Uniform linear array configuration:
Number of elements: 12
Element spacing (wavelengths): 0.75
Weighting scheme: hann
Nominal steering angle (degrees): -60
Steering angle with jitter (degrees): -58.818
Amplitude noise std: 0.05
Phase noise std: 0.05

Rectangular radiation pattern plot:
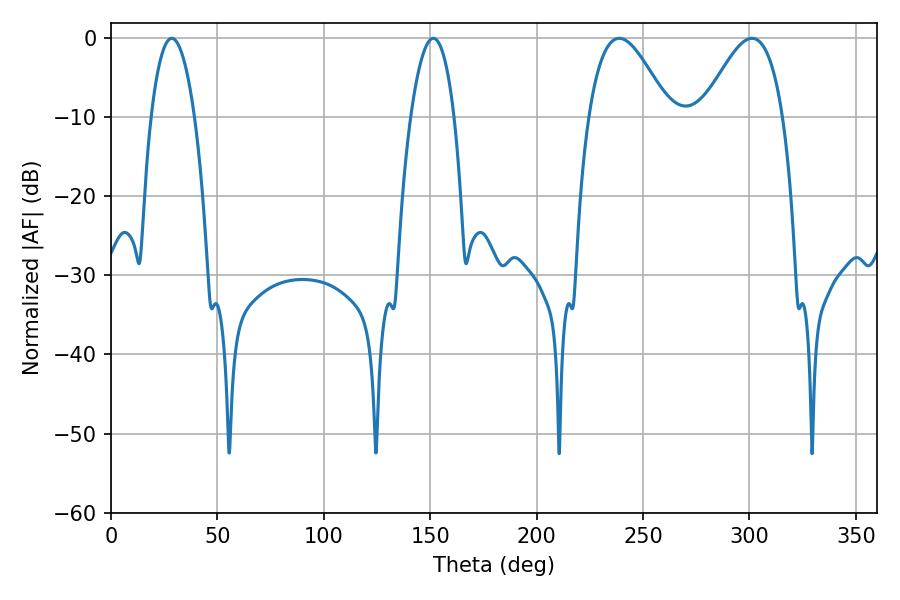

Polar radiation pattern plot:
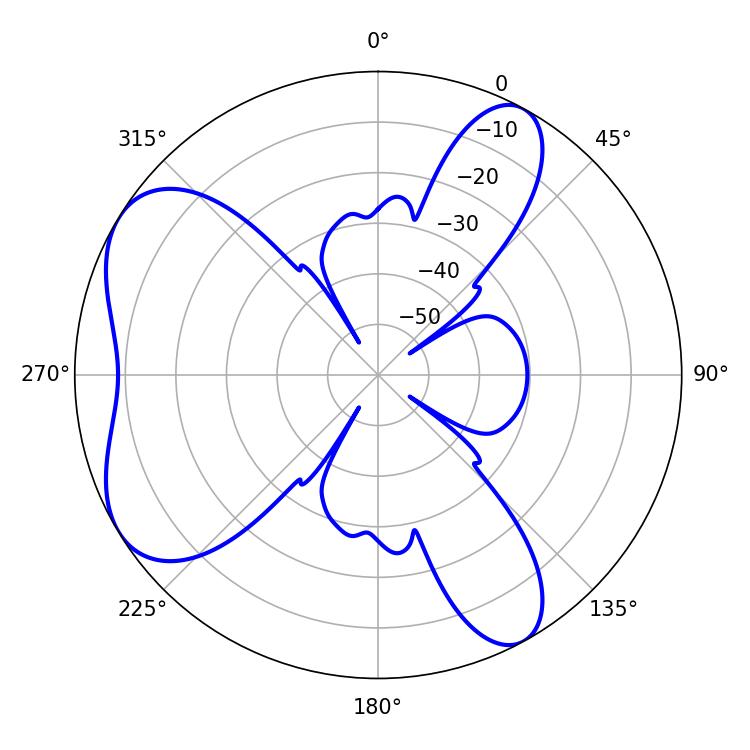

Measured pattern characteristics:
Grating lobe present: TRUE
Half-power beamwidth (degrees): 20.34
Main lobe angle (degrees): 238.86